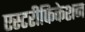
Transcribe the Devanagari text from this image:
एस्टरीफिकेशन